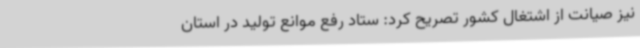
نیز صیانت از اشتغال کشور تصریح کرد: ستاد رفع موانع تولید در استان